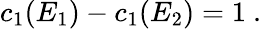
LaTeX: c_{1}(E_{1})-c_{1}(E_{2})=1\ .